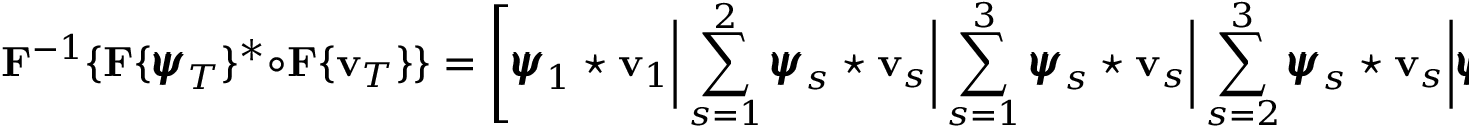
{ \bf F } ^ { - 1 } \{ { \bf F } \{ { \pmb { \psi } } _ { T } \} ^ { * } \circ { \bf F } \{ { \bf v } _ { T } \} \} = \left[ { \pmb { \psi } } _ { 1 } \star { \bf v } _ { 1 } \biggr \rvert \sum _ { s = 1 } ^ { 2 } { \pmb { \psi } } _ { s } \star { \bf v } _ { s } \biggr \rvert \sum _ { s = 1 } ^ { 3 } { \pmb { \psi } } _ { s } \star { \bf v } _ { s } \biggr \rvert \sum _ { s = 2 } ^ { 3 } { \pmb { \psi } } _ { s } \star { \bf v } _ { s } \biggr \rvert { \pmb { \psi } } _ { 3 } \star { \bf v } _ { 3 } \right]